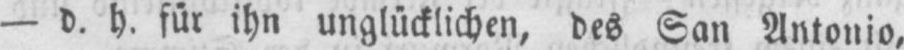
- d. h. für ihn unglücklichen, des San Antonio,